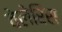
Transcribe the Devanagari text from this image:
वेलेरिस